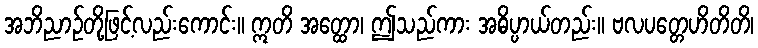
အဘိညာဉ်တို့ဖြင့်လည်းကောင်း။ ဣတိ အတ္ထော၊ ဤသည်ကား အဓိပ္ပာယ်တည်း။ ဗလပတ္တေဟိတိတိ၊